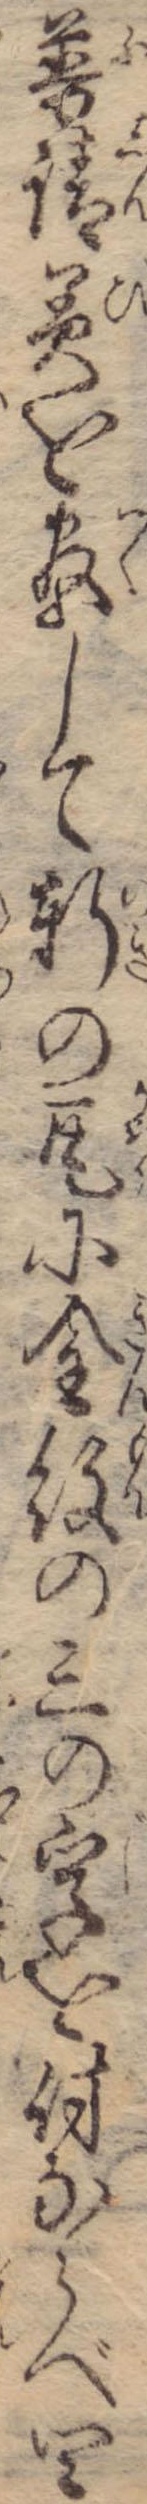
普請美を尽して軒の瓦に金紋の三の字を付ならべ四